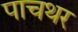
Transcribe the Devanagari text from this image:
पाचथर